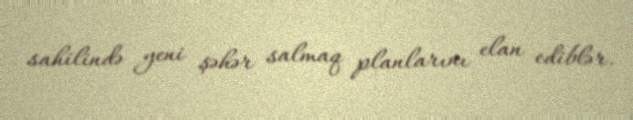
sahilində yeni şəhər salmaq planlarını elan ediblər.